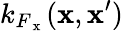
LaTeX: k_{F_{\mathrm{~x~}}}(\mathbf{x},\mathbf{x}^{\prime})